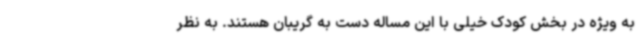
به ویژه در بخش کودک خیلی با این مساله دست به گریبان هستند. به نظر